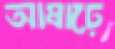
আষাঢ়ে